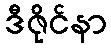
ဒီဇိုင်နာ